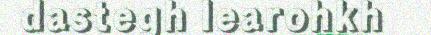
dastegh learohkh